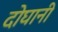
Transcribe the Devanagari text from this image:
दोघानी